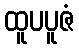
ထူပပူဇံ